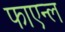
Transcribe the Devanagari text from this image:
फाएन्ल